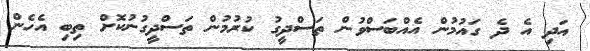
އަދި އެ ދެ ގައުމުން އެއްބަސްވުން ތަސްދީގު ކުރުމުން ތަސްދީގުނުކޮށް ތިބި އެހެން